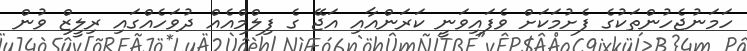
ހަމަނުޖެހުންތަކުގެ ފެށުމަކަށް ވެފައިވަނީ ކަރަންއާއި އަޖޭ ގެ ފިލްމްއެއް ދުވަހެއްގައި ރިލީޒް ވުން